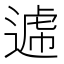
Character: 𨕑